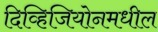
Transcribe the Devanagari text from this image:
दिव्हिजियोनमधील